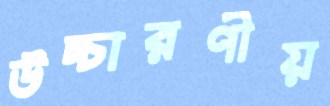
উচ্চারণীয়